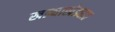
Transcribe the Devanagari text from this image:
खड्याखेड्यात